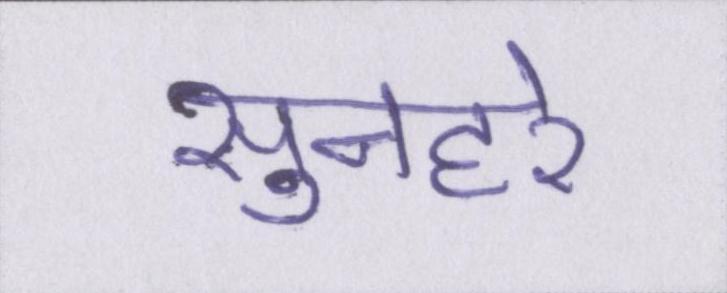
सुनहरे